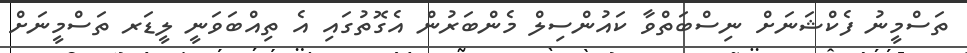
ތަސްމީނު ފެކްޝަނަށް ނިސްބަތްވާ ކައުންސިލް މެންބަރުން އެގޮތުގައި އެ ތިއްބަވަނީ ލީޑަރ ތަސްމީނަށް